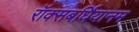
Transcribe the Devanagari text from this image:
रॉक्सबर्घियानम